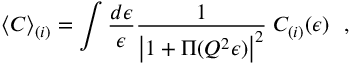
\langle C \rangle _ { ( i ) } = \int \frac { d \epsilon } { \epsilon } \frac { 1 } { \left| 1 + \Pi ( Q ^ { 2 } \epsilon ) \right| ^ { 2 } } \; { \cal C } _ { ( i ) } ( \epsilon ) ~ ~ ,